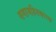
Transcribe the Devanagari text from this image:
समाजहितकारक